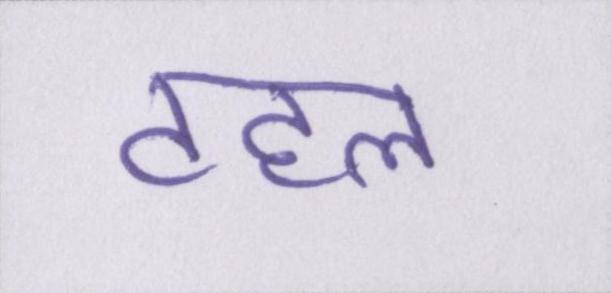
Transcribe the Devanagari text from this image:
टहल